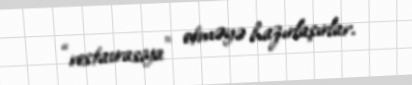
“restavrasiya” etməyə hazırlaşırlar.